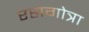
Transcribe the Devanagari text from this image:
रसगोत्रा